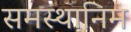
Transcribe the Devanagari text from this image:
समस्थानिम